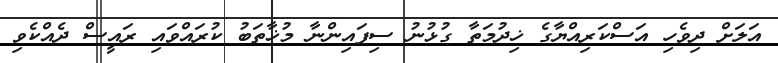
އަލަށް ދިވެހި އަސްކަރިއްޔާގެ ޚިދުމަތާ ގުޅުނު ސިފައިންނާ މުޚާތަބު ކުރައްވައި ރައީސް ދެއްކެވި